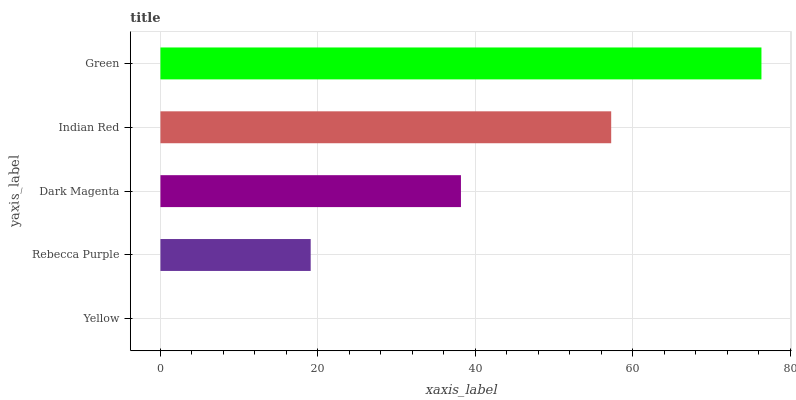
| yaxis_label | bars |
 | --- | --- |
 | Yellow | 0 |
 | Rebecca Purple | 19.1 |
 | Dark Magenta | 38.2 |
 | Indian Red | 57.2 |
 | Green | 76.3 |